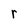
Character: r